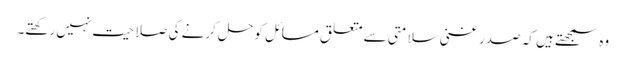
وہ سمجھتے ہیں کہ صدر غنی سلامتی سے متعلق مسائل کو حل کرنے کی صلاحیت نہیں رکھتے۔